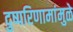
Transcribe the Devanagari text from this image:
दुष्परिणामांमुळे